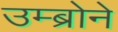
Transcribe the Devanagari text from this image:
उम्ब्रोने